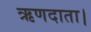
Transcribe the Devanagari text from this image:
ऋणदाता।